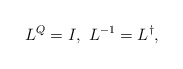
\begin{align*}L^Q = I , \, \, L^{-1} = L^{\dagger},\end{align*}